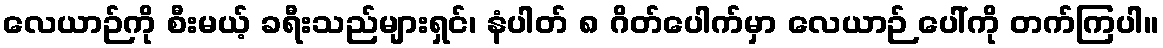
လေယာဉ်ကို စီးမယ့် ခရီးသည်များရှင်၊ နံပါတ် ၈ ဂိတ်ပေါက်မှာ လေယာဉ် ပေါ်ကို တက်ကြပါ။